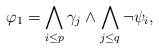
LaTeX: \begin{align*}\varphi_1 = \bigwedge_{i \leq p} \gamma_j \land \bigwedge_{j \leq q} \lnot \psi_i,\end{align*}